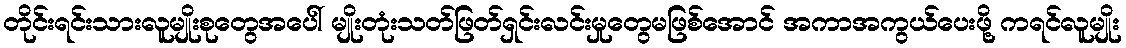
တိုင်းရင်းသားလူမျိုးစုတွေအပေါ် မျိုးတုံးသတ်ဖြတ်ရှင်းလင်းမှုတွေမဖြစ်အောင် အကာအကွယ်ပေးဖို့ ကရင်လူမျိုး